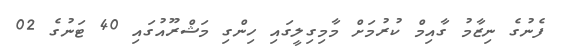
ފެނުގެ ނިޒާމު ގާއިމް ކުރުމަށް މާމިގިލީގައި ހިންގި މަޝްރޫއުގައި 40 ޓަނުގެ 02